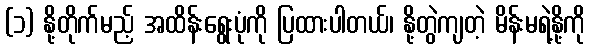
(၁) နို့တိုက်မည့် အထိန်းရွေးပုံကို ပြထားပါတယ်၊ နို့တွဲကျတဲ့ မိန်းမရဲ့နို့ကို